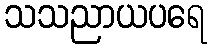
သသညာယပရေ